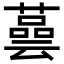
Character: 𦾆